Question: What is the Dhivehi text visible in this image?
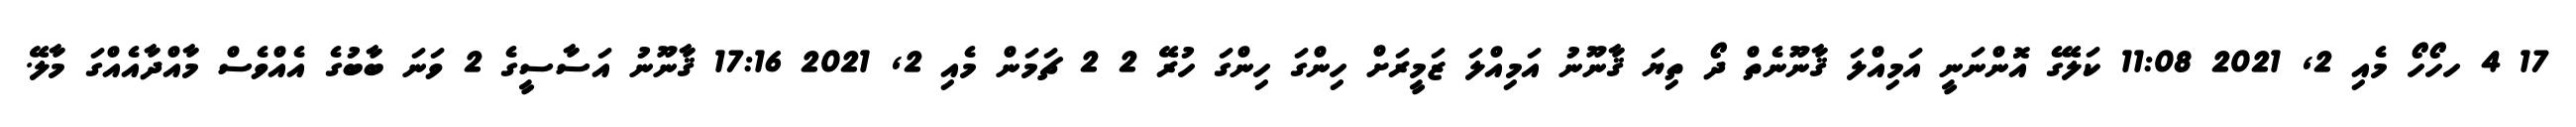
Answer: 17 4 ހހޯހޯ މެއި 2, 2021 11:08 ކަލޭގެ އޮންނަނީ އަމިއްލަ ޤާނޫނެތް ދޯ ތިޔަ ޤާނޫނު އަމިއްލަ ޒަމީރަށް ހިންގަ ހިންގަ ހުރޭ 2 2 ޗަމަން މެއި 2, 2021 17:16 ޤާނޫނު އަސާސީގެ 2 ވަނަ ބާބުގެ އެއްވެސް މާއްދާއެއްގަ މާލޭ.